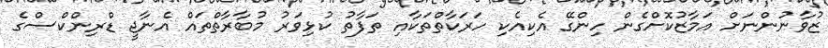
ޒުވާނުންނަށް އަމާޒުކޮށްގެން ހިންގޭ އެކިއެކި ހަރަކާތްތަކާއި ތަފާތު ކުޅިވަރު މުބާރާތްތައް އެނާޖީ ޑްރިންކްސްގެ